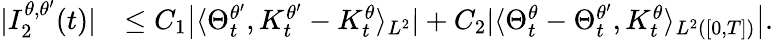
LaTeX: \begin{array}{rl}{|I_{2}^{\theta,\theta^{\prime}}(t)|}&{\leq C_{1}\big|\langle\Theta_{t}^{\theta^{\prime}},K_{t}^{\theta^{\prime}}-K_{t}^{\theta}\rangle_{L^{2}}|+C_{2}|\langle\Theta_{t}^{\theta}-\Theta_{t}^{\theta^{\prime}},K_{t}^{\theta}\rangle_{L^{2}([0,T])}\big|.}\end{array}